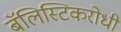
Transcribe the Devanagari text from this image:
बॅलिस्टिकरोधी